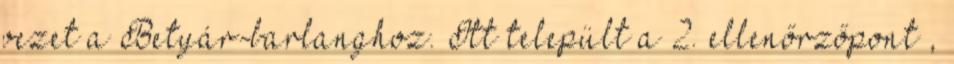
vezet a Betyár-barlanghoz. Itt települt a 2. ellenőrzőpont ,